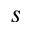
s